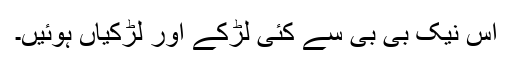
اس نیک بی بی سے کئی لڑکے اور لڑکیاں ہوئیں۔